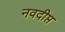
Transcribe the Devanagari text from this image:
नवदीप्त